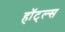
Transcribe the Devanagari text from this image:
हॉट्ल्स